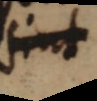
sint